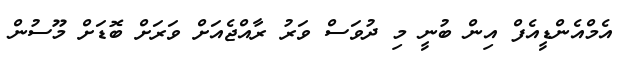
އެމްއެންޑީއެފް އިން ބުނީ މި ދުވަސް ވަރު ރާއްޖެއަށް ވަރަށް ބޮޑަށް މޫސުން